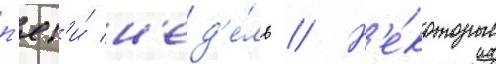
п'ят'и́ н'ед'е́ль // Н'е́которые